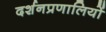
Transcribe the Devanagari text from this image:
दर्शनप्रणालियों